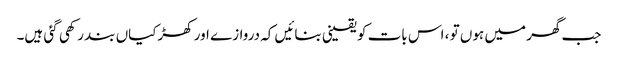
جب گھر میں ہوں تو ، اس بات کو یقینی بنائیں کہ دروازے اور کھڑکیاں بند رکھی گئی ہیں۔